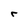
Character: r